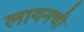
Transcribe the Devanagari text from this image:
लायनची